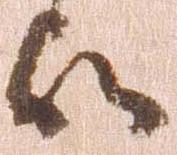
候